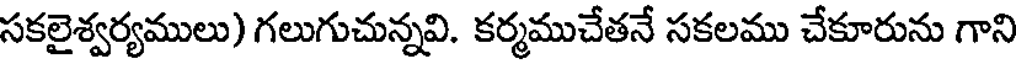
సకలైశ్వర్యములు) గలుగుచున్నవి. కర్మముచేతనే సకలము చేకూరును గాని